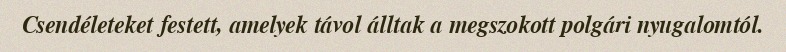
Csendéleteket festett, amelyek távol álltak a megszokott polgári nyugalomtól.